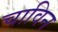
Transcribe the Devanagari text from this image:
चाविन